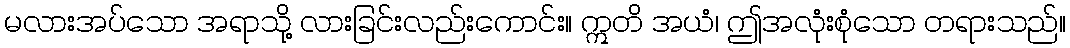
မလားအပ်သော အရာသို့ လားခြင်းလည်းကောင်း။ ဣတိ အယံ၊ ဤအလုံးစုံသော တရားသည်။